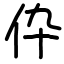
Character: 伜